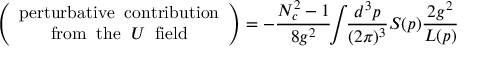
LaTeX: \left( \begin{array} { c } { { \mathrm { p e r t u r b a t i v e \; \; c o n t r i b u t i o n } } } \\ { { \mathrm { f r o m \; \; t h e \; \; } U \; \; \mathrm { f i e l d } } } \end{array} \right) = - \frac { N _ { c } ^ { 2 } - 1 } { 8 g ^ { 2 } } \! \! \int \! \! \frac { d ^ { 3 } p } { ( 2 \pi ) ^ { 3 } } S ( p ) \frac { 2 g ^ { 2 } } { L ( p ) }